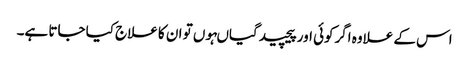
اس کے علاوہ اگرکوئی اور پیچیدگیاںہوں تو ان کا علاج کیا جاتا ہے۔